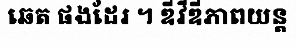
ឆេត ផងដែរ ។ ឌីវីឌីភាពយន្ត